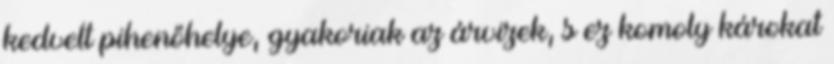
kedvelt pihenőhelye, gyakoriak az árvizek, s ez komoly károkat